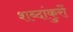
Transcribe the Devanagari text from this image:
शब्दांकुरों